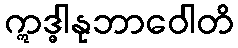
ဣဒ္ဓါနုဘာဝေါတိ